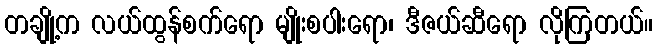
တချို့က လယ်ထွန်စက်ရော မျိုးစပါးရော၊ ဒီဇယ်ဆီရော လိုကြတယ်။